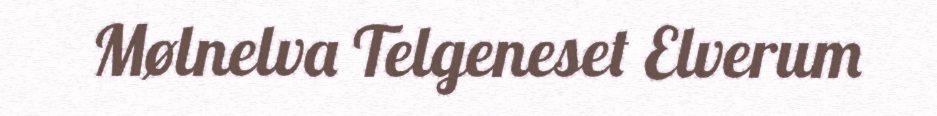
Mølnelva Telgeneset Elverum